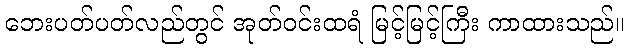
ဘေးပတ်ပတ်လည်တွင် အုတ်ဝင်းထရံ မြင့်မြင့်ကြီး ကာထားသည်။